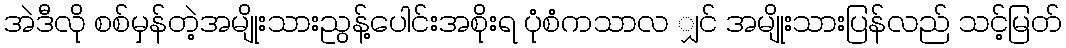
အဲဒီလို စစ်မှန်တဲ့အမျိုးသားညွန့်ပေါင်းအစိုးရ ပုံစံကသာလ ျှင် အမျိုးသားပြန်လည် သင့်မြတ်